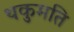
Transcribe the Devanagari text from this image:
थकुमति